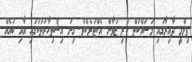
ފިލްމީ ދާއިރާގައި މަސައްކަތް ކުރި ޒުވާން އެކްޓަރެކެވެ. ގިނަ އިޝްތިހާރުތަކުގައި އާއި ބައެއް